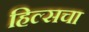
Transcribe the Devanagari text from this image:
हिल्सचा